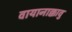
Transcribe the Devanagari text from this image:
वायानाक्कावु